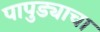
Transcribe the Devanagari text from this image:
पापुड्याचा